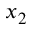
x _ { 2 }